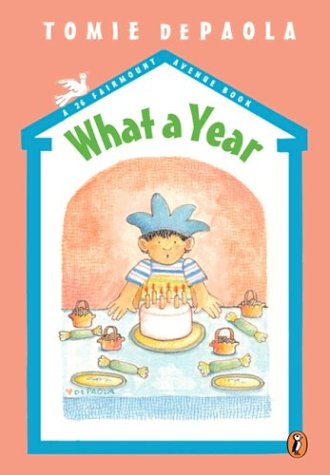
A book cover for What a Year! (A 26 Fairmount Avenue Book); Tomie dePaola; Children's Books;